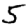
Digit: 5